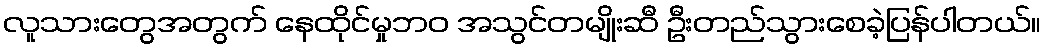
လူသားတွေအတွက် နေထိုင်မှုဘဝ အသွင်တမျိုးဆီ ဦးတည်သွားစေခဲ့ပြန်ပါတယ်။